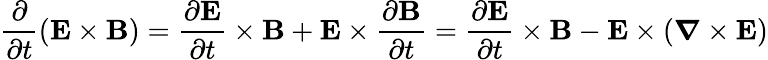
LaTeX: {\frac{\partial}{\partial t}}(\mathbf{E}\times\mathbf{B})={\frac{\partial\mathbf{E}}{\partial t}}\times\mathbf{B}+\mathbf{E}\times{\frac{\partial\mathbf{B}}{\partial t}}={\frac{\partial\mathbf{E}}{\partial t}}\times\mathbf{B}-\mathbf{E}\times({\boldsymbol{\nabla}}\times\mathbf{E})